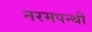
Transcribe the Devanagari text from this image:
नरमपन्थी